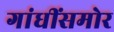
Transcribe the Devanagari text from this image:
गांधींसमोर